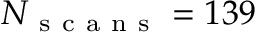
N _ { \mathrm { ~ s ~ c ~ a ~ n ~ s ~ } } = 1 3 9